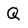
Character: Q